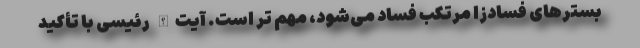
بسترهای فسادزا مرتکب فساد می‌شود، مهم تر است. آیت‌الله رئیسی با تأکید